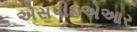
એસપીઇએઆર